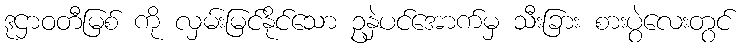
ဒုဌာဝတီမြစ် ကို လှမ်းမြင်နိုင်သော ဥနှဲပင်အောက်မှ သီးခြား စားပွဲလေးတွင်